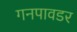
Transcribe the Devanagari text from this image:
गनपावडर